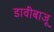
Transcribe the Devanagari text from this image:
डावीबाजू